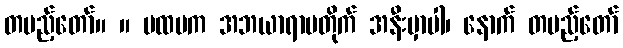
တပည့်တော်။ ။ ပထမက အဘယာရာမတိုက် အနီးမှာပါ၊ နောက် တပည့်တော်